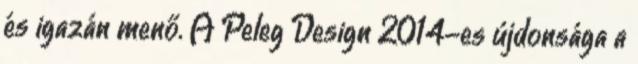
és igazán menő. A Peleg Design 2014-es újdonsága a